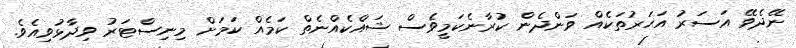
ނޭދެވޭ އަސަރު އަހަރުތަކެއް ވަންދެން ކުރާނެކަމީވެސް ޝައްކެއްނެތް ކަމެއް ކަމަށް މިނިސްޓަރު ވިދާޅުވިއެވެ.